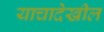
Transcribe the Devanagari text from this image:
याचादेखील